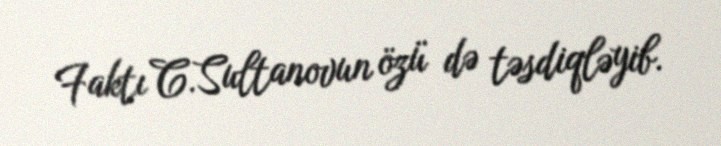
Faktı C.Sultanovun özü də təsdiqləyib.